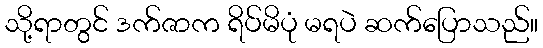
သို့ရာတွင် ဒက်ဇာက ရိပ်မိပုံ မရပဲ ဆက်ပြောသည်။